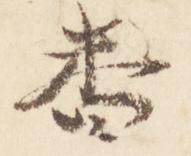
番